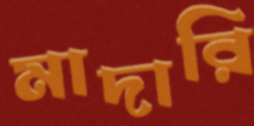
মাদারি